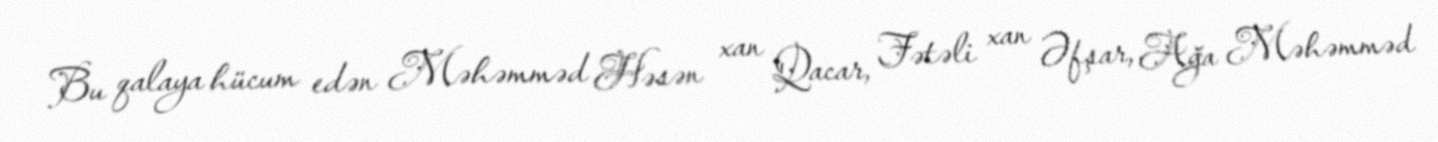
Bu qalaya hücum edən Məhəmməd Həsən xan Qacar, Fətəli xan Əfşar, Ağa Məhəmməd